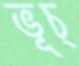
ভূচ্